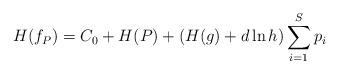
LaTeX: \begin{align*}H(f_P) = C_0 + H(P) +(H(g)+d\ln h) \sum_{i=1}^Sp_i\end{align*}